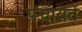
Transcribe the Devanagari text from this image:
प़ंचायतें